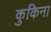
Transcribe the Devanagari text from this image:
कुकिना